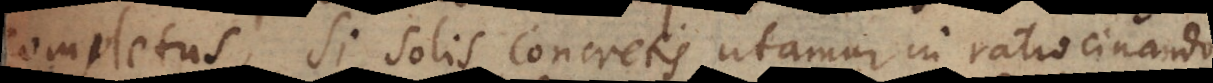
completus. Si solis concretis utamur in ratiocinando